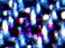
تلك